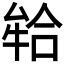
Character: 𭷪